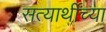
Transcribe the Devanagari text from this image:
सत्यार्थींच्या